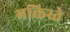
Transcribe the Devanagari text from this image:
भक्तिस्ते